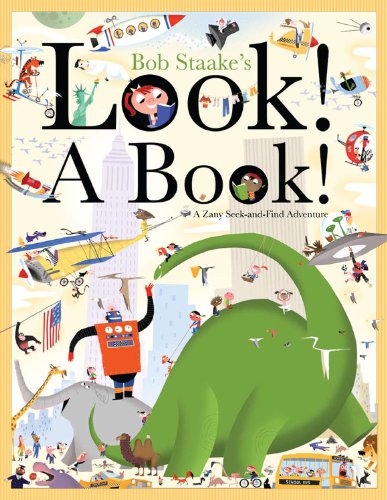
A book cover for Look! A Book!; Bob Staake; Children's Books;